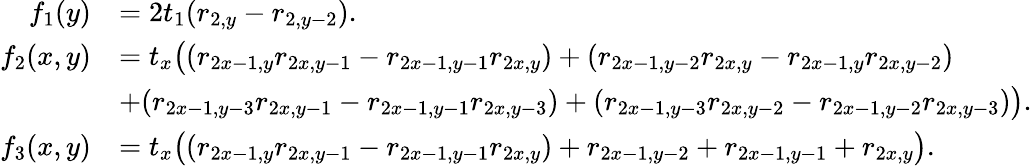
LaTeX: \begin{array}{rl}{f_{1}(y)}&{=2t_{1}(r_{2,y}-r_{2,y-2}).}\\ {f_{2}(x,y)}&{=t_{x}\big((r_{2x-1,y}r_{2x,y-1}-r_{2x-1,y-1}r_{2x,y})+(r_{2x-1,y-2}r_{2x,y}-r_{2x-1,y}r_{2x,y-2})}\\ &{+(r_{2x-1,y-3}r_{2x,y-1}-r_{2x-1,y-1}r_{2x,y-3})+(r_{2x-1,y-3}r_{2x,y-2}-r_{2x-1,y-2}r_{2x,y-3})\big).}\\ {f_{3}(x,y)}&{=t_{x}\big((r_{2x-1,y}r_{2x,y-1}-r_{2x-1,y-1}r_{2x,y})+r_{2x-1,y-2}+r_{2x-1,y-1}+r_{2x,y}\big).}\end{array}